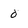
Character: 0